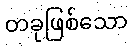
တခုဖြစ်သော